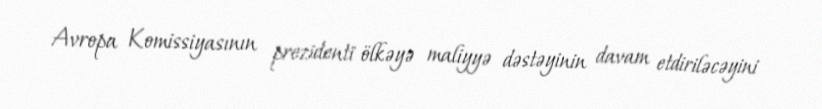
Avropa Komissiyasının prezidenti ölkəyə maliyyə dəstəyinin davam etdiriləcəyini